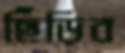
ছিঁড়িব